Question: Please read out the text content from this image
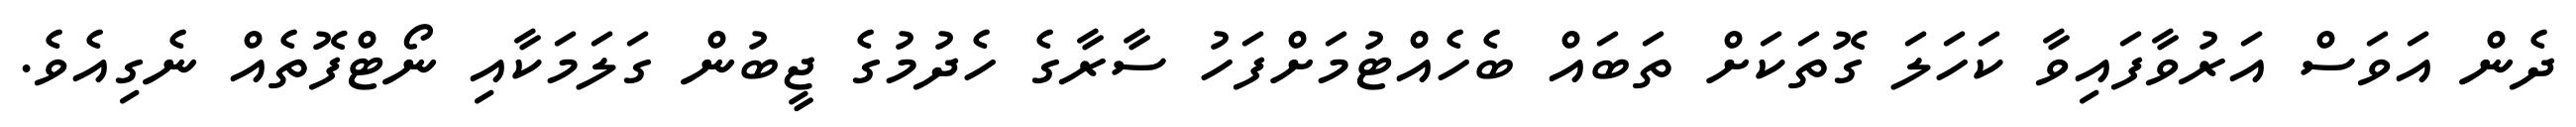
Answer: ދެން އަވަސް އަރުވާފައިވާ ކަހަލަ ގޮތަކަށް ތަބައް ބެހެއްޓުމަށްފަހު ސާރާގެ ހެދުމުގެ ޖީބުން ގަލަމަކާއި ނޯޓްފޮތެއް ނެގިއެވެ.